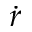
\dot { r }